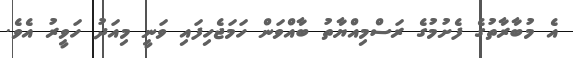
އެ މުބާރާތުގެ ފެށުމުގެ ރަސްމިއްޔާތު ބާއްވަން ހަމަޖެހިފައި ވަނީ މިއަދު ހަވީރު އެވެ.